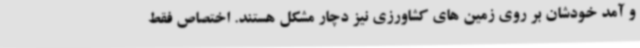
و آمد خودشان بر روی زمین های کشاورزی نیز دچار مشکل هستند. اختصاص فقط